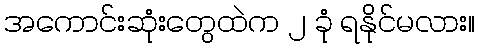
အကောင်းဆုံးတွေထဲက ၂ ခုံ ရနိုင်မလား။